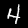
Label: 4